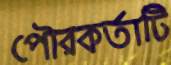
পৌরকর্তাটি